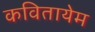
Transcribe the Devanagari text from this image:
कवितायेम